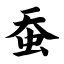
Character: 蚕